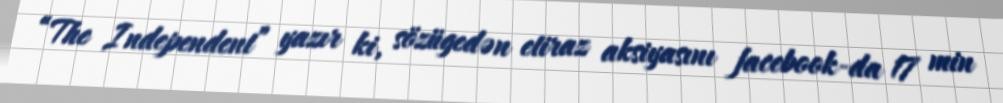
“The Independent” yazır ki, sözügedən etiraz aksiyasını facebook-da 17 min